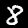
Label: 8